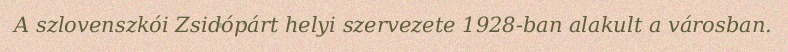
A szlovenszkói Zsidópárt helyi szervezete 1928-ban alakult a városban.